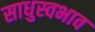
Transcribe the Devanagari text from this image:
साधुस्वभाव